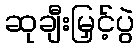
ဆုချီးမြှင့်ပွဲ